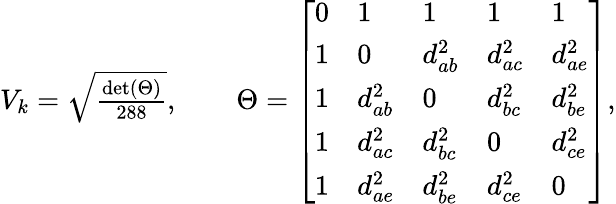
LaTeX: \begin{array}{r}{V_{k}=\sqrt{\frac{\mathrm{det}(\Theta)}{288}},\qquad\Theta=\left[\begin{array}{lllll}{0}&{1}&{1}&{1}&{1}\\ {1}&{0}&{d_{ab}^{2}}&{d_{ac}^{2}}&{d_{ae}^{2}}\\ {1}&{d_{ab}^{2}}&{0}&{d_{bc}^{2}}&{d_{be}^{2}}\\ {1}&{d_{ac}^{2}}&{d_{bc}^{2}}&{0}&{d_{ce}^{2}}\\ {1}&{d_{ae}^{2}}&{d_{be}^{2}}&{d_{ce}^{2}}&{0}\end{array}\right],}\end{array}